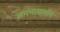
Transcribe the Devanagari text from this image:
समभागामागे